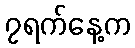
၇ရက်နေ့က